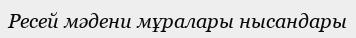
Ресей мәдени мұралары нысандары